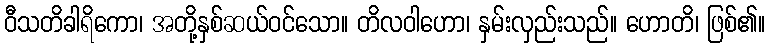
ဝီသတိခါရိကော၊ အတို့နှစ်ဆယ်ဝင်သော။ တိလဝါဟော၊ နှမ်းလှည်းသည်။ ဟောတိ၊ ဖြစ်၏။